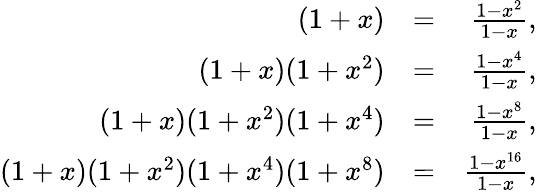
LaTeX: \begin{array}{rlr}{(1+x)}&{=}&{\frac{1-x^{2}}{1-x},}\\ {(1+x)(1+x^{2})}&{=}&{\frac{1-x^{4}}{1-x},}\\ {(1+x)(1+x^{2})(1+x^{4})}&{=}&{\frac{1-x^{8}}{1-x},}\\ {(1+x)(1+x^{2})(1+x^{4})(1+x^{8})}&{=}&{\frac{1-x^{16}}{1-x},}\end{array}